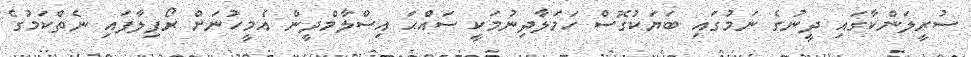
ސުރީލަންކާގައި ދީނުގެ ނަމުގައި ބަޔަކުގޮސް ހަމަލާދިނުމަކީ ސައްޙަ އިސްލާމްދީން އެމީހުނަށް ރޯފިލާފައި ނެތްކަމުގެ